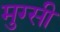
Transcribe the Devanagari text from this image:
मुग्सी